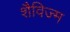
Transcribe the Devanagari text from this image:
शैविज्म